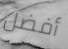
أفضل